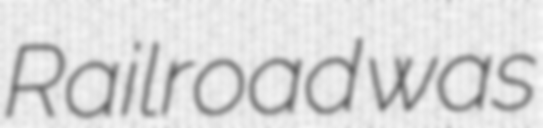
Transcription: Railroad was